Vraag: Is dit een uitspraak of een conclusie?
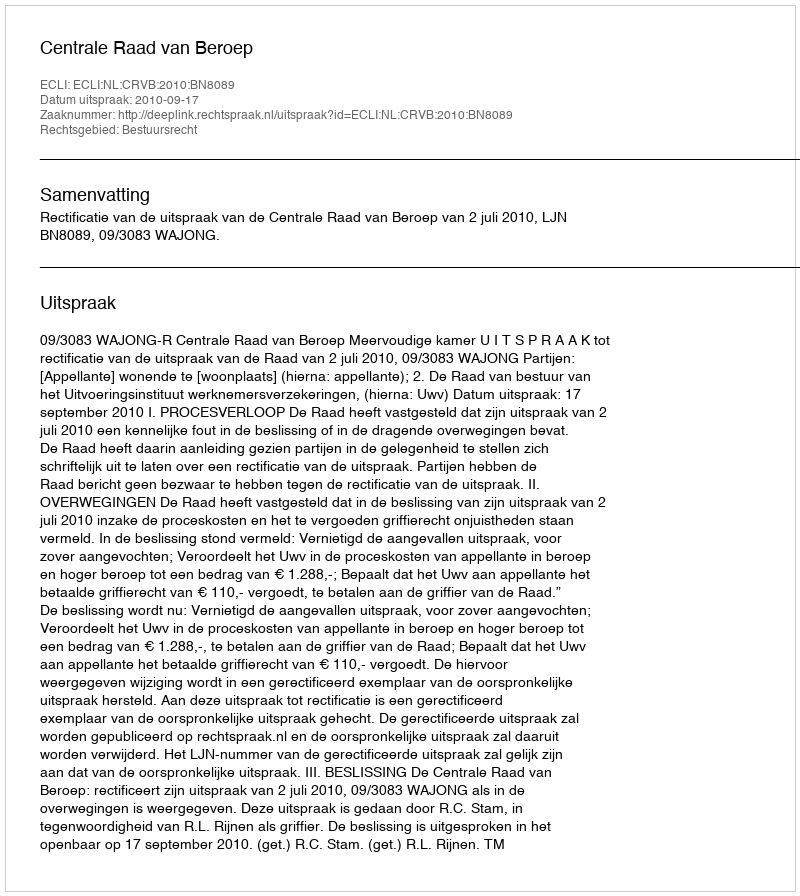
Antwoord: Uitspraak